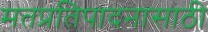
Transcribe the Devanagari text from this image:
मतप्रतिपादनासाठी